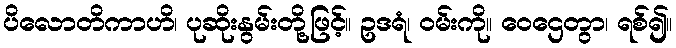
ပိလောတိကာဟိ၊ ပုဆိုးနွမ်းတို့ဖြင့်။ ဥဒရံ၊ ဝမ်းကို။ ဝေဌေတွာ၊ ရစ်၍။